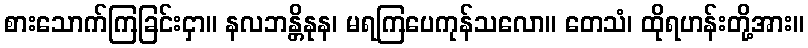
စားသောက်ကြခြင်းငှာ။ နလဘန္တိနုန၊ မရကြပေကုန်သလော။ တေသံ၊ ထိုရဟန်းတို့အား။